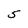
Character: 5